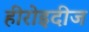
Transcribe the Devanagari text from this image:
हीरोइदीज